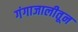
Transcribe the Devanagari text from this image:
गंगाजालीतून